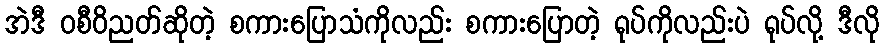
အဲဒီ ဝစီဝိညတ်ဆိုတဲ့ စကားပြောသံကိုလည်း စကားပြောတဲ့ ရုပ်ကိုလည်းပဲ ရုပ်လို့ ဒီလို